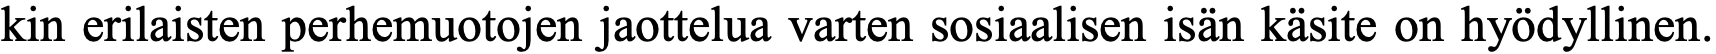
kin erilaisten perhemuotojen jaottelua varten sosiaalisen isän käsite on hyödyllinen.